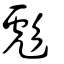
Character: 彪